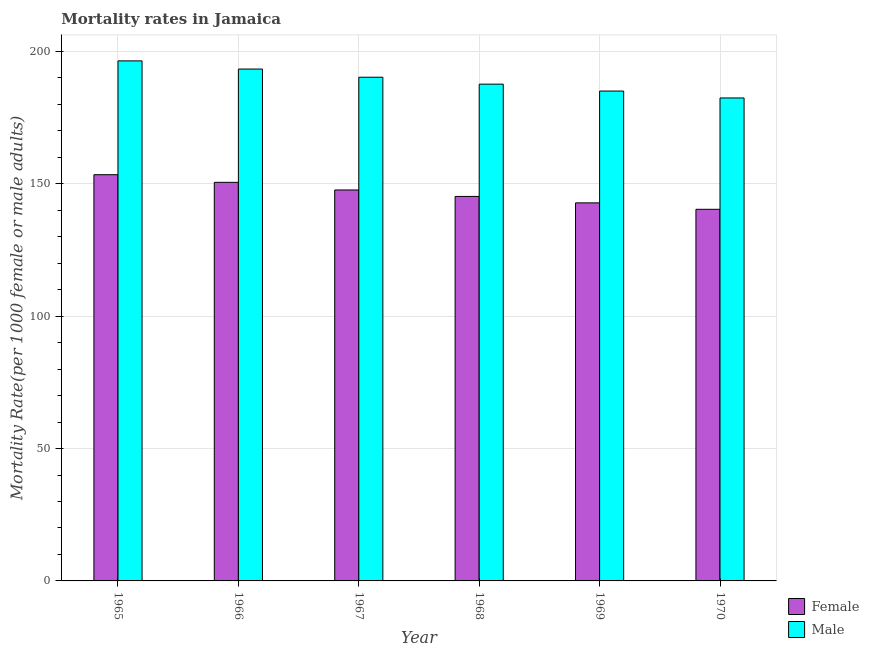
| Year | Female | Male |
 | --- | --- | --- |
 | 1965 | 153 | 196 |
 | 1966 | 151 | 193 |
 | 1967 | 148 | 190 |
 | 1968 | 145 | 188 |
 | 1969 | 143 | 185 |
 | 1970 | 140 | 182 |